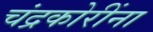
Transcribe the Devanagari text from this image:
चंद्रकोरींना